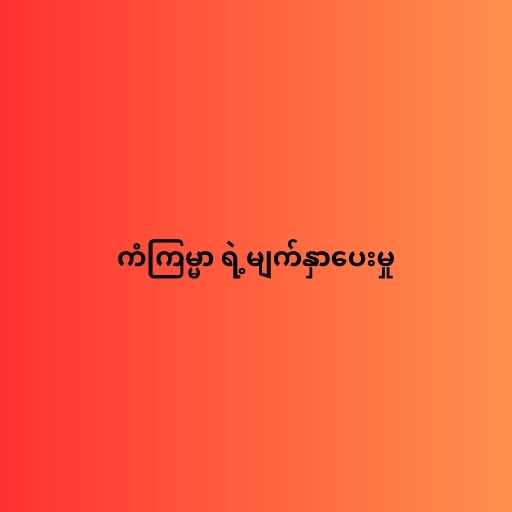
ကံကြမ္မာ ရဲ့မျက်နှာပေးမှု